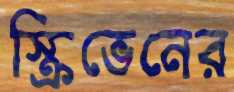
স্ক্রিভেনের